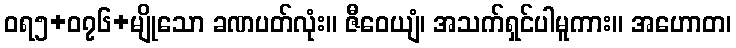
ဝရ၅+၀၇၆+မျိုသော ခဏပတ်လုံး။ ဇီဝေယျံ၊ အသက်ရှင်ပါမူကား။ အဟောတ၊